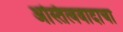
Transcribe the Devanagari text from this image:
अस्तित्ववादाचा